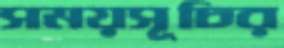
সময়সূচির